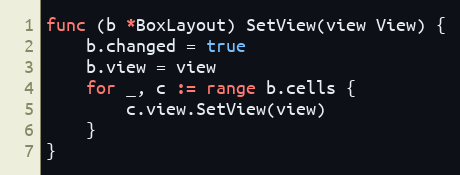
Language: Go
func (b *BoxLayout) SetView(view View) {
	b.changed = true
	b.view = view
	for _, c := range b.cells {
		c.view.SetView(view)
	}
}